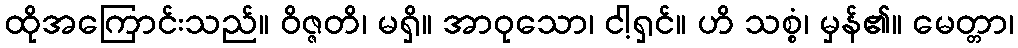
ထိုအကြောင်းသည်။ ဝိဇ္ဇတိ၊ မရှိ။ အာဝုသော၊ ငါ့ရှင်။ ဟိ သစ္စံ၊ မှန်၏။ မေတ္တာ၊